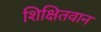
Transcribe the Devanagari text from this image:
शिक्षितवान